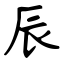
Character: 辰